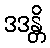
ဒဒန္တိ